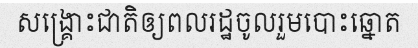
សង្គ្រោះជាតិឲ្យពលរដ្ឋចូលរួមបោះឆ្នោត